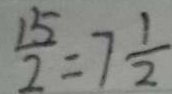
\frac { 1 5 } { 2 } = 7 \frac { 1 } { 2 }